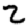
Digit: 2